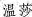
温莎